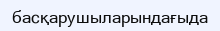
басқарушыларындағыда